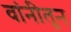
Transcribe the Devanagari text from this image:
वांनीतून